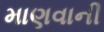
માણવાની